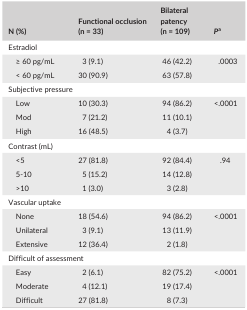
<table><thead><tr><td><b>N (%)</b></td><td><b>Functional occlusion (n = 33)</b></td><td><b>Bilateral patency (n = 109)</b></td><td><b><i>P</i>a</b></td></tr></thead><tbody><tr><td colspan="4">Estradiol</td></tr><tr><td>≥ 60 pg/mL</td><td>3 (9.1)</td><td>46 (42.2)</td><td rowspan="2">.0003</td></tr><tr><td>&lt; 60 pg/mL</td><td>30 (90.9)</td><td>63 (57.8)</td></tr><tr><td colspan="4">Subjective pressure</td></tr><tr><td>Low</td><td>10 (30.3)</td><td>94 (86.2)</td><td rowspan="3">&lt;.0001</td></tr><tr><td>Mod</td><td>7 (21.2)</td><td>11 (10.1)</td></tr><tr><td>High</td><td>16 (48.5)</td><td>4 (3.7)</td></tr><tr><td colspan="4">Contrast (mL)</td></tr><tr><td>&lt;5</td><td>27 (81.8)</td><td>92 (84.4)</td><td rowspan="3">.94</td></tr><tr><td>5‐10</td><td>5 (15.2)</td><td>14 (12.8)</td></tr><tr><td>&gt;10</td><td>1 (3.0)</td><td>3 (2.8)</td></tr><tr><td colspan="4">Vascular uptake</td></tr><tr><td>None</td><td>18 (54.6)</td><td>94 (86.2)</td><td rowspan="3">&lt;.0001</td></tr><tr><td>Unilateral</td><td>3 (9.1)</td><td>13 (11.9)</td></tr><tr><td>Extensive</td><td>12 (36.4)</td><td>2 (1.8)</td></tr><tr><td colspan="4">Difficult of assessment</td></tr><tr><td>Easy</td><td>2 (6.1)</td><td>82 (75.2)</td><td rowspan="3">&lt;.0001</td></tr><tr><td>Moderate</td><td>4 (12.1)</td><td>19 (17.4)</td></tr><tr><td>Difficult</td><td>27 (81.8)</td><td>8 (7.3)</td></tr></tbody></table>